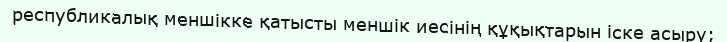
республикалық меншікке қатысты меншік иесінің құқықтарын іске асыру;